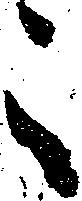
々